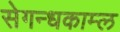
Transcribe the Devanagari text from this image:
सेगन्धकाम्ल